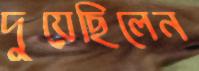
দুয়েছিলেন